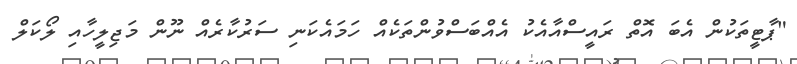
"ޕާޓީތަކުން އެބަ އޮތް ރައީސްއާއެކު އެއްބަސްވުންތަކެއް ހަމައެކަނި ސަރުކާރެއް ނޫން މަޖިލީހާއި ލޯކަލް